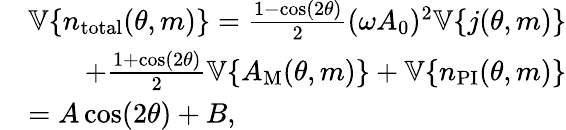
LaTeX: \begin{array}{rl}&{\mathbb{V}\{ n_{\mathrm{total}}(\theta,m)\} =\frac{1-\cos(2\theta)}{2}(\omega A_{0})^{2}\mathbb{V}\{ j(\theta,m)\} }\\ &{\quad\quad+\frac{1+\cos(2\theta)}{2}\mathbb{V}\{ A_{\mathrm{M}}(\theta,m)\} +\mathbb{V}\{ n_{\mathrm{PI}}(\theta,m)\} }\\ &{=A\cos(2\theta)+B,}\end{array}